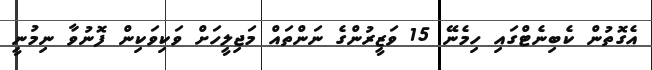
އެގޮތުން ކެބިނެޓްގައި ހިމެނޭ 15 ވަޒީރުންގެ ނަންތައް މަޖިލީހަށް ވަކިވަކިން ފޮނުވާ ނިމުނީ